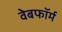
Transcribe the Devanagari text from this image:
वेबफॉर्म